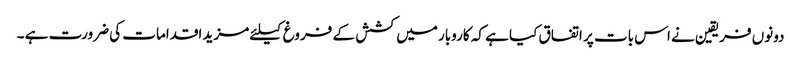
دونوں فریقین نے اس بات پر اتفاق کیا ہے کہ کاروبار میں کشش کے فروغ کیلئے مزید اقدامات کی ضرورت ہے ۔